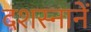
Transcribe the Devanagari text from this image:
दशस्नानें